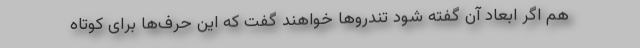
هم اگر ابعاد آن گفته شود تندروها خواهند گفت که این حرف‌ها برای کوتاه